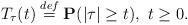
LaTeX: \begin{align*} \ T_{\tau}(t) \stackrel{def}{=} {\bf P} (|\tau| \ge t), \ t \ge 0.\end{align*}